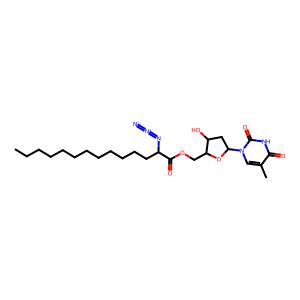
SMILES: CCCCCCCCCCCCC(N=[N+]=[N-])C(=O)OCC1OC(n2cc(C)c(=O)[nH]c2=O)CC1O
Inhibits HIV replication: No